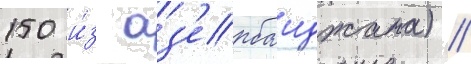
150 и́з аз'ербаиджана) //